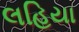
લહિયા